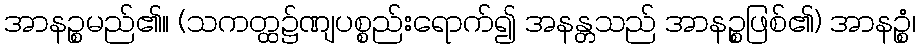
အာနဉ္စမည်၏။ (သကတ္ထ၌ဏျပစ္စည်းရောက်၍ အနန္တသည် အာနဉ္စဖြစ်၏) အာနဉ္စံ၊